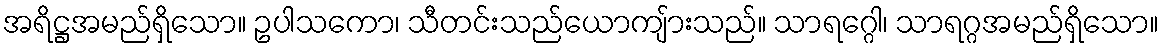
အရိဋ္ဌအမည်ရှိသော။ ဥပါသကော၊ သီတင်းသည်ယောကျ်ားသည်။ သာရဂ္ဂေါ၊ သာရဂ္ဂအမည်ရှိသော။